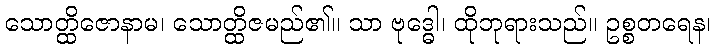
သောတ္ထိဇောနာမ၊ သောတ္ထိဇမည်၏။ သာ ဗုဒ္ဓေါ၊ ထိုဘုရားသည်။ ဥစ္စတရေန၊